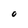
Character: 0